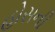
હોસની